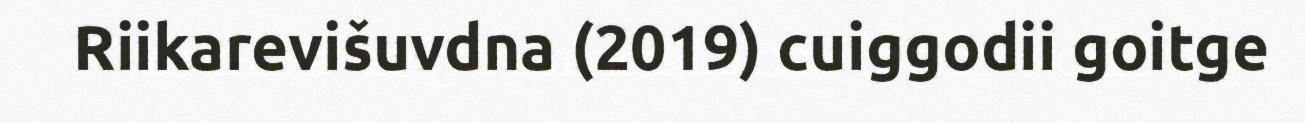
Riikarevišuvdna (2019) cuiggodii goitge